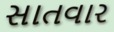
સાતવાર